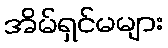
အိမ်ရှင်မများ